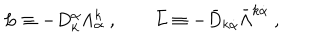
LaTeX: L \equiv - D _ { k } ^ { \alpha } \Lambda _ { \alpha } ^ { k } \ , \qquad \bar { L } \equiv - { \bar { D } } _ { k \dot { \alpha } } \bar { \Lambda } ^ { k \dot { \alpha } } \ ,